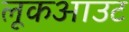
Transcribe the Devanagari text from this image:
लूकआउट